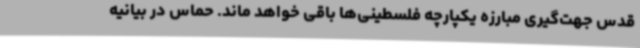
قدس جهت‌گیری مبارزه یکپارچه فلسطینی‌ها باقی خواهد ماند. حماس در بیانیه